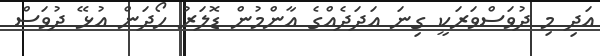
އަދި މި ދުވަސްވަރަކީ ގިނަ އަދަދެއްގެ އާންމުން ޑޮލަރު ހޯދަން އުޅޭ ދުވަސް